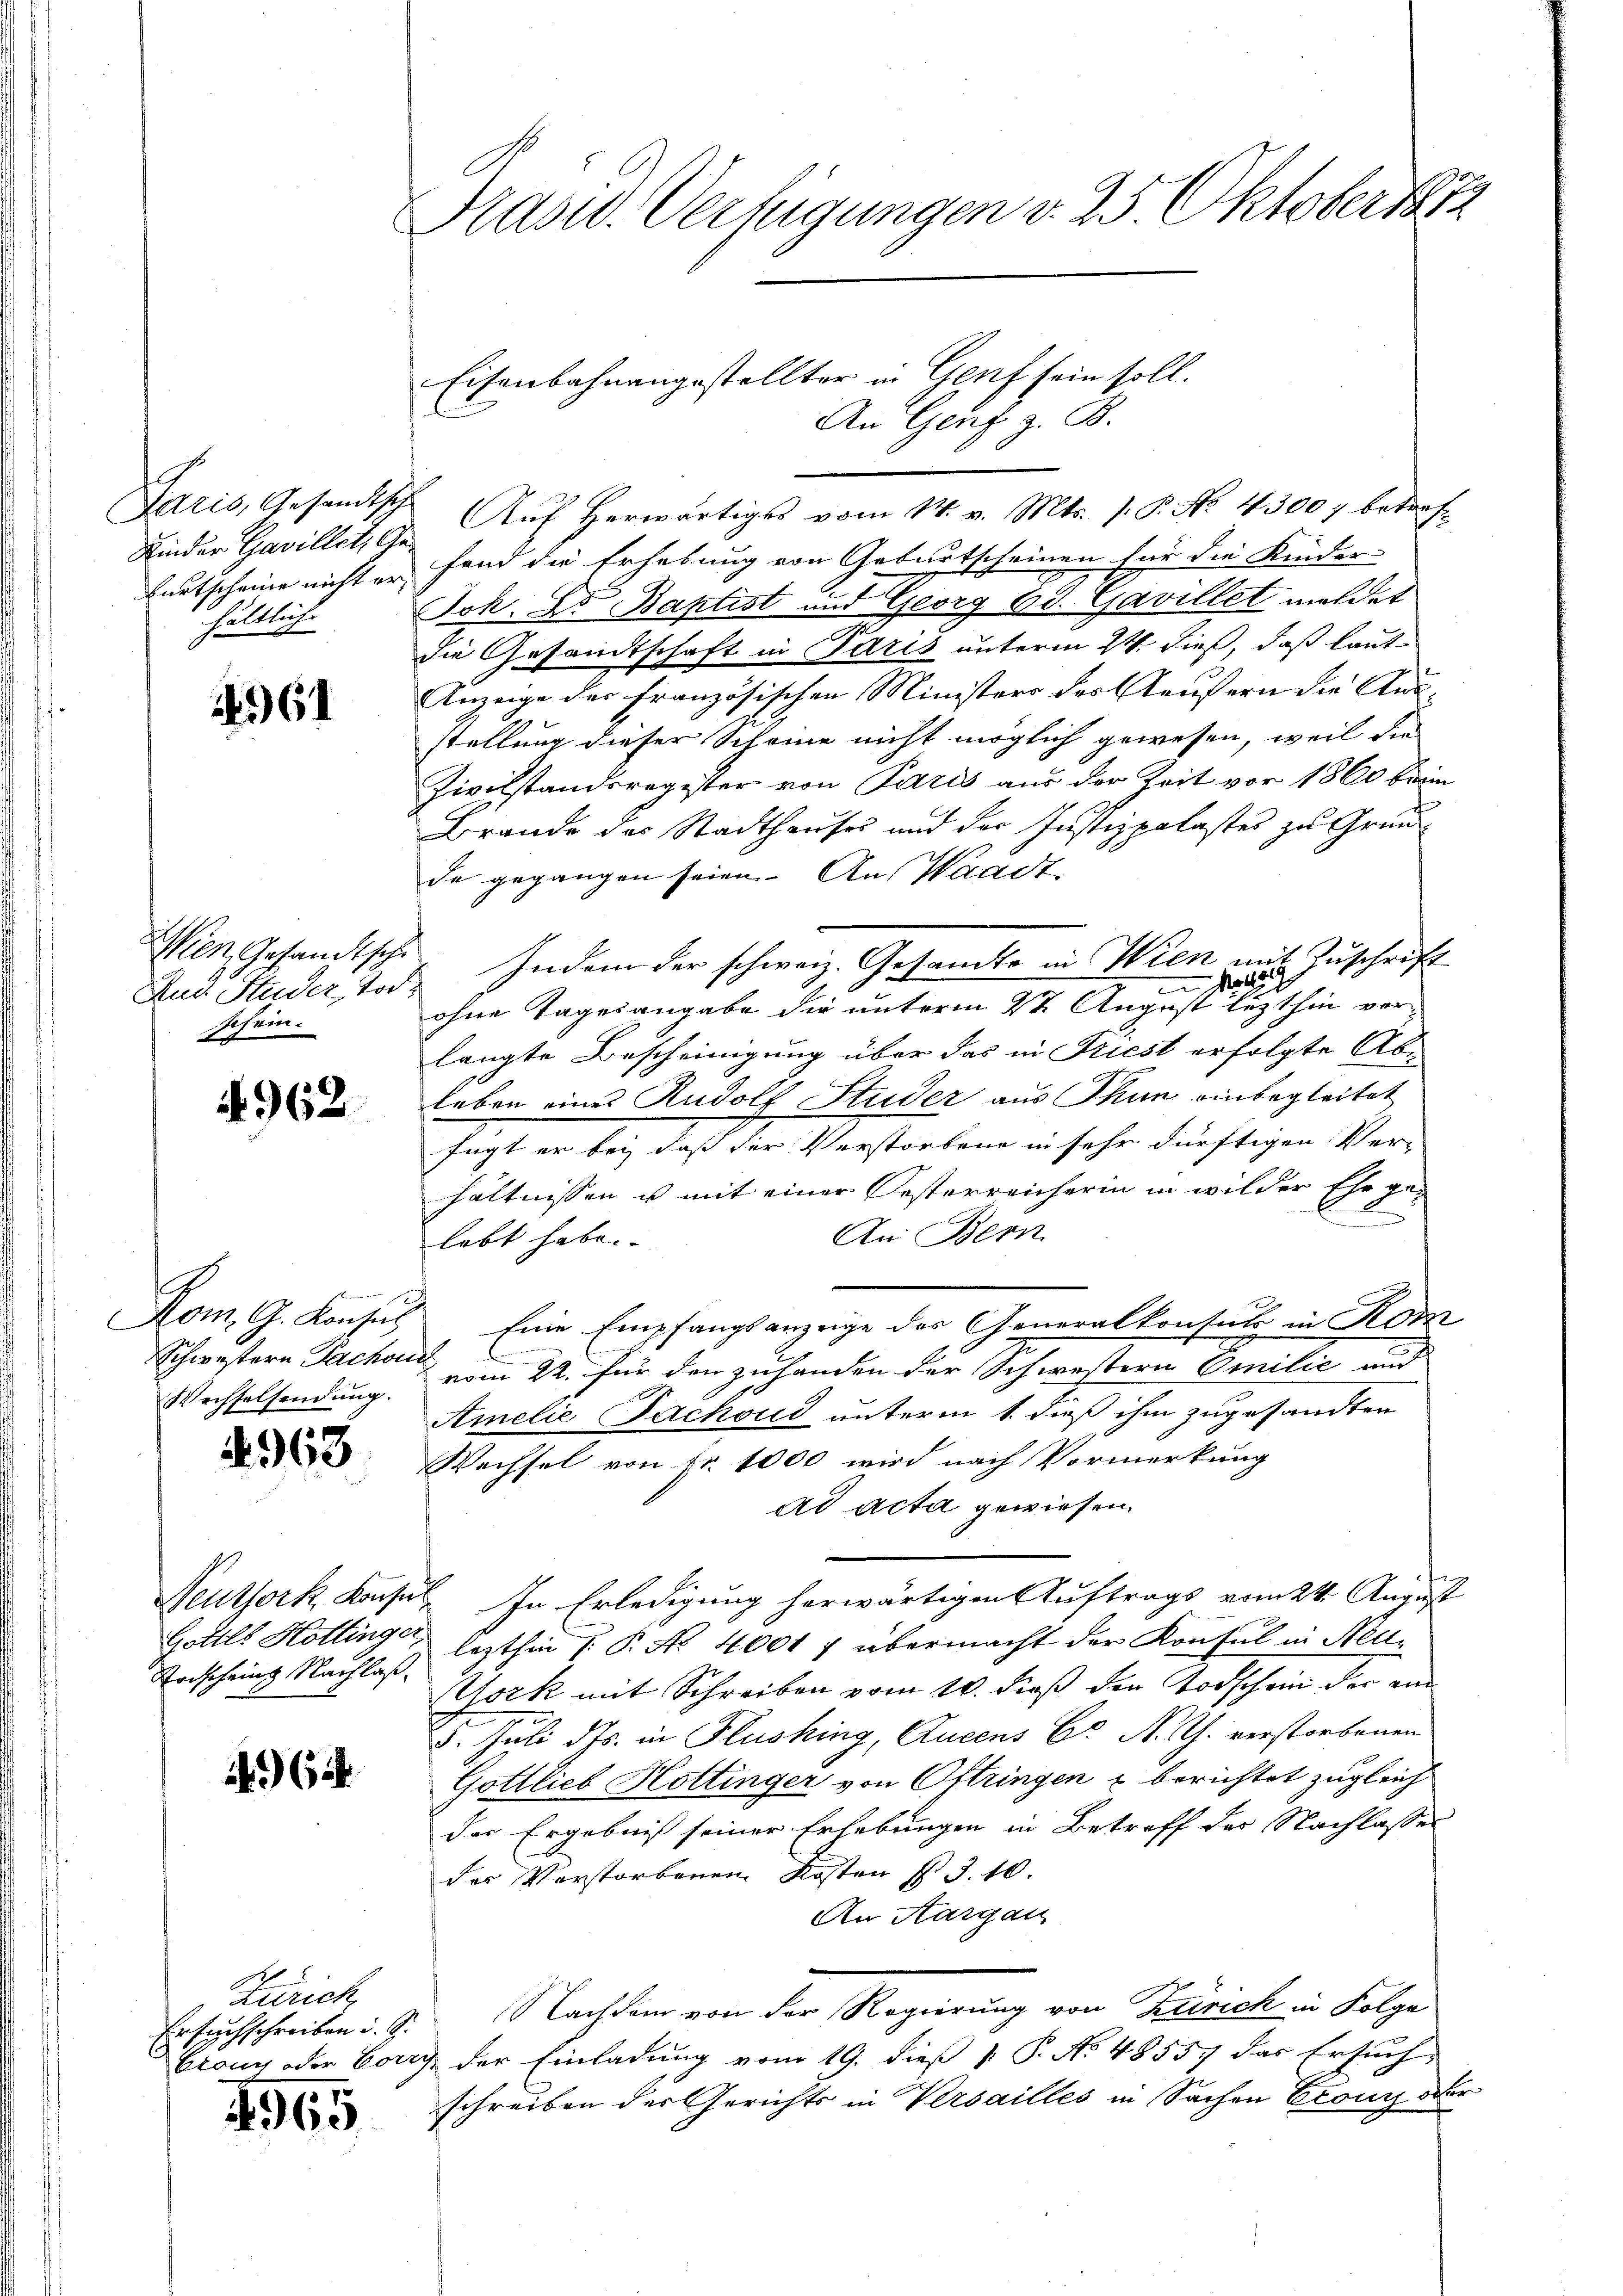
Paris, Gesandtsch
Kinder Gavillet, Ge¬
Bertscheine nicht er
hältliche

61

Wien, Gesandtsche
Aus Huder, Tod.
schein.

4962

B
Kom. G. Konsul
Schwestern Fachm
Wechselsendung.

4963

Neuttork, Konse
Gotils Hottinger,
Krischein Nachlaß

624.

Zürich,
rsuchschreiben i. S.
G
Ctour oder Vorr

1965

Prasw. Verfügungen v. 25 Oktobert 74

Eisenbahnangestellter in Genf sein soll.
An Genf z. B.

Auf herwärtiges vom 14. v. Mts. /: P. No 43007 betreffend die Erhebung von Geburtscheinen für die Kinder-
Joh. Lt. Baptist und Georg 6 d. Gavillet meldet
die Gesandtschaft in Paris unterm 24. dieß, daß laut
Anzeige der französischen Ministers des Aeufern die Ausstellung dieser Scheine nicht möglich gewesen, weil die
Zivilstandsregister von Paris aus der Zeit vor 1860 beim
Brande des Stadthauses und der Justizpalastes zu Grunde gegangen seien. An Waadt
.
ohne Tagesangabe die unterm 2ten August lezthin vorlangte Bescheinigung über das in Friest erfolgte Abe
Leben eines Rudolf Studer aus Thun einbegleitet
fügt er bei, daß der Verstorbene in sehr dürftigen Ver-
hältnissen es mit einer Oesterreicherin in wilder Ehe ge-
l
An Bern
lobt habe.
Eine Empfangsanzeige des Generalkontuls in Kom
 vom 24. für den zuhanden der Schwestern Emilie und
Amelić Fachoud unterm 1. daß ihm zugesandten
Wechsel von Nr. 1000 wird nach Vormerkung
ad acta gewiesen.
In Erledigung herwärtigen Auftrags vom 24. August
lezthin 1. P. No 4001 f übermacht der Konsul in Neu¬
Mork mit Schreiben vom 10. dieß der Todschein der aus
5. Juli d. Js. in Flushing, Lucens Cs N. Th. verstorbenen
Gottlieb Hottinger von Oftringen u berichtet zugleich
das Ergebniß seiner Erhebungen in Betreff des Nachlasses
des Verstorbenen Kosten P. J. 10.
An Aargau
Nachdem von der Regierung von Zürich in Folge
3. Der Einladung vom 19. dieß P. P. No. 48557 das Ersuch,
schreiben der Gerichts in Versailles in Sachen Exours oder

Indem der schweiz. Gesandte in Wien un¬

von Zuschrif